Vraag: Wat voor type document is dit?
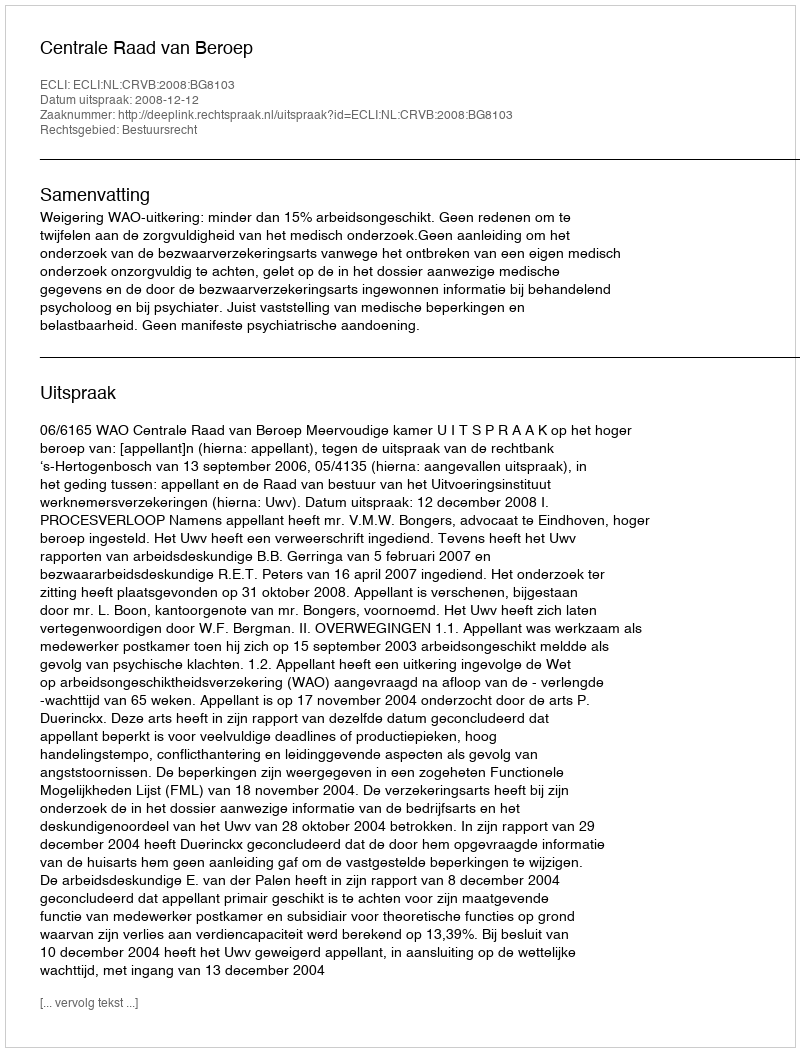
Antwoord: Uitspraak